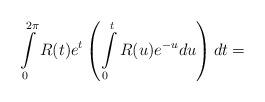
LaTeX: \begin{align*} \int \limits _0^{2 \pi } R(t) e^t \left(\int \limits _0^t R(u) e^{-u} du \right) dt= \end{align*}